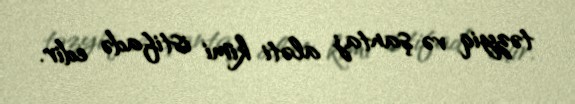
təzyiq və şantaj aləti kimi istifadə edir.